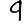
Digit: 9